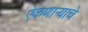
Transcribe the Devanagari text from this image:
ऐकणाऱ्याचे